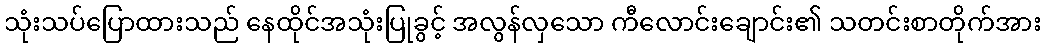
သုံးသပ်ပြောထားသည် နေထိုင်အသုံးပြုခွင့် အလွန်လှသော ကီလောင်းချောင်း၏ သတင်းစာတိုက်အား